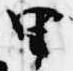
里